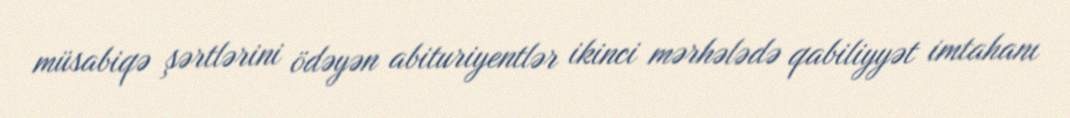
müsabiqə şərtlərini ödəyən abituriyentlər ikinci mərhələdə qabiliyyət imtahanı